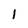
Character: 1